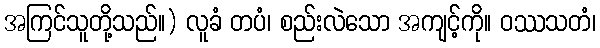
အကြင်သူတို့သည်။) လူခံ တပံ၊ စည်းလဲသော အကျင့်ကို။ ဝဿသတံ၊